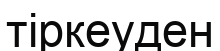
тіркеуден